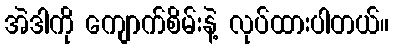
အဲဒါကို ကျောက်စိမ်းနဲ့ လုပ်ထားပါတယ်။